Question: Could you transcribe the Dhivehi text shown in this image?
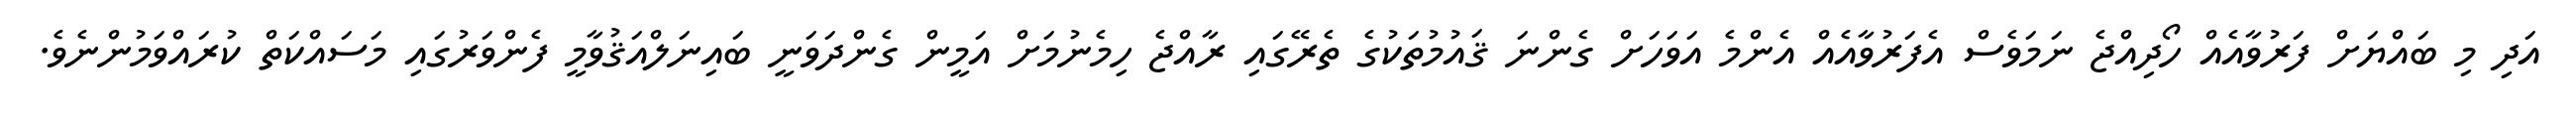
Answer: އަދި މި ބައްޔަށް ފަރުވާއެއް ހޯދިއްޖެ ނަމަވެސް އެފަރުވާއެއް އެންމެ އަވަހަށް ގެންނަ ޤައުމުތަކުގެ ތެރޭގައި ރާއްޖެ ހިމެނުމަށް އަމީން ގެންދަވަނީ ބައިނަލްއަޤުވާމީ ފެންވަރުގައި މަސައްކަތް ކުރައްވަމުންނެވެ.